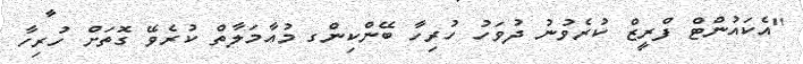
"އެކައުންޓް ފްރީޒް ކުރެވުނު ދުވަހު ހުރިހާ ބޭންކިންގ މުއާމަލާތް ކުރެވޭ ގޮތަށް ހުރިހާ